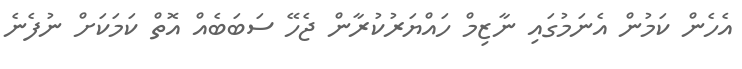
އެހެން ކަމުން އެނަމުގައި ނާޒިމް ހައްޔަރުކުރާން ޖެހޭ ސަބަބެއް އޮތް ކަމަކަށް ނުފެނެ